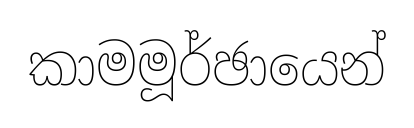
කාමමූර්ඡායෙන්